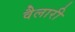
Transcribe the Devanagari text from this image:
वैलारी